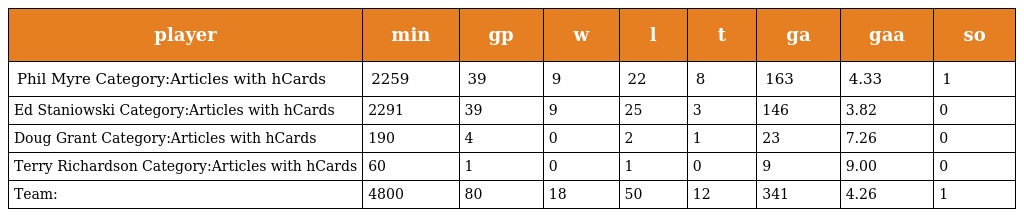
| player | min | gp | w | l | t | ga | gaa | so |
 | --- | --- | --- | --- | --- | --- | --- | --- | --- |
 | Phil Myre Category:Articles with hCards | 2259 | 39 | 9 | 22 | 8 | 163 | 4.33 | 1 |
 | Ed Staniowski Category:Articles with hCards | 2291 | 39 | 9 | 25 | 3 | 146 | 3.82 | 0 |
 | Doug Grant Category:Articles with hCards | 190 | 4 | 0 | 2 | 1 | 23 | 7.26 | 0 |
 | Terry Richardson Category:Articles with hCards | 60 | 1 | 0 | 1 | 0 | 9 | 9.00 | 0 |
 | Team: | 4800 | 80 | 18 | 50 | 12 | 341 | 4.26 | 1 |